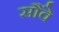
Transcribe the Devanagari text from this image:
सौंवे